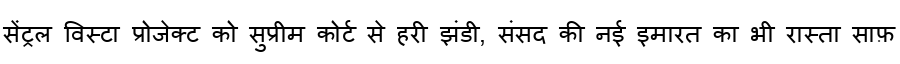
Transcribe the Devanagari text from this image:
सेंट्रल विस्टा प्रोजेक्ट को सुप्रीम कोर्ट से हरी झंडी, संसद की नई इमारत का भी रास्ता साफ़